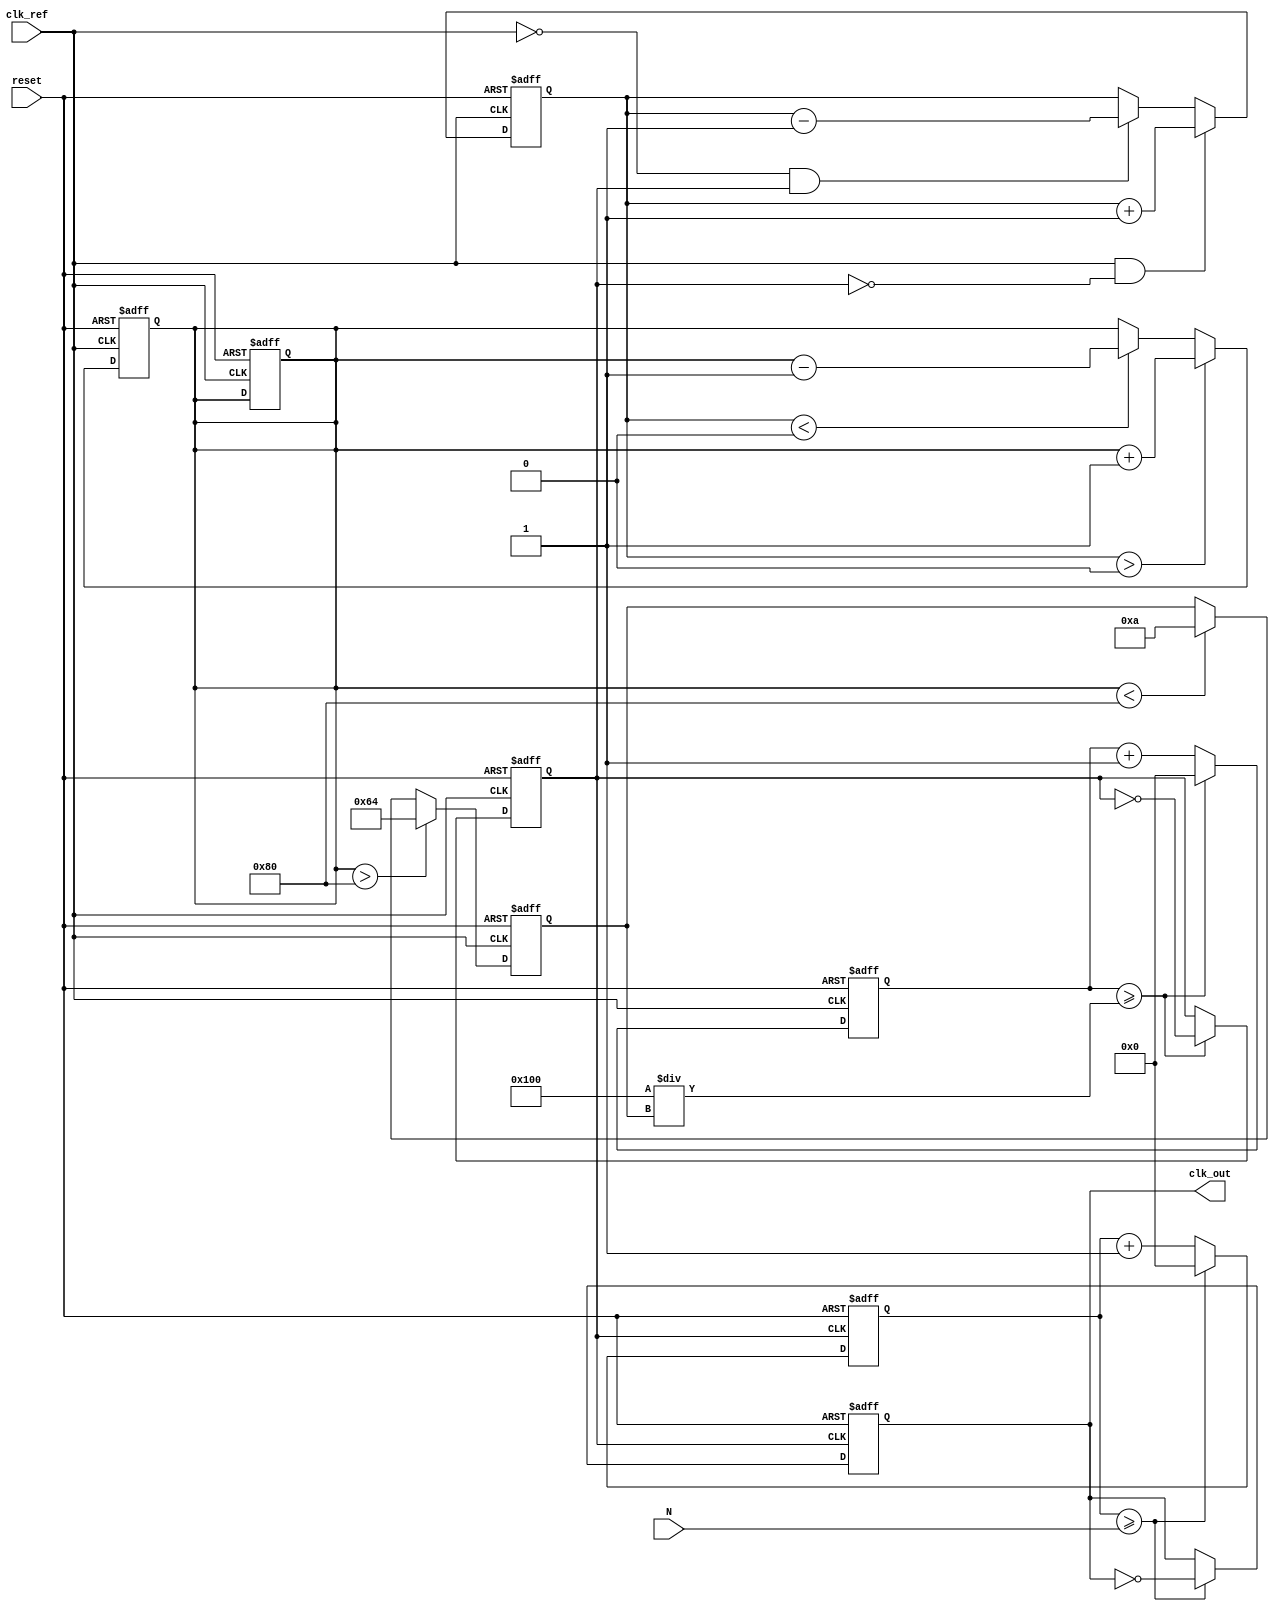
module integer_n_pll (
    input wire clk_ref,         // Reference clock input
    input wire reset,          // Reset signal
    input wire [7:0] N,        // Division factor (programmable)
    output reg clk_out         // Output clock
);

// Parameters for PLL
parameter VCO_MAX_FREQ = 100; // Maximum VCO frequency
parameter VCO_MIN_FREQ = 10;  // Minimum VCO frequency
parameter LOOP_FILTER_GAIN = 1; // Gain of the loop filter

// Internal signals
reg [7:0] phase_error;        // Phase error signal
reg [7:0] control_voltage;    // Control voltage for VCO
reg [7:0] vco_freq;           // Current frequency of VCO
reg [7:0] vco_count;          // VCO counter for frequency generation
reg [7:0] divider_count;      // Divider counter
reg clk_vco;                  // VCO clock signal

// Memory block for configuration settings
reg [7:0] memory_block [0:1]; // Example memory block for settings

// Phase Detector (PD)
always @(posedge clk_ref or posedge reset) begin
    if (reset) begin
        phase_error <= 0;
    end else begin
        // Simple phase detection logic (could be more complex)
        if (clk_ref && !clk_vco) begin
            phase_error <= phase_error + 1; // Phase error detected
        end else if (!clk_ref && clk_vco) begin
            phase_error <= phase_error - 1; // Phase error detected
        end
    end
end

// Charge Pump (CP)
always @(posedge clk_ref or posedge reset) begin
    if (reset) begin
        control_voltage <= 0;
    end else begin
        // Adjust control voltage based on phase error
        if (phase_error > 0) begin
            control_voltage <= control_voltage + LOOP_FILTER_GAIN; // Increase voltage
        end else if (phase_error < 0) begin
            control_voltage <= control_voltage - LOOP_FILTER_GAIN; // Decrease voltage
        end
    end
end

// Loop Filter (LF)
always @(posedge clk_ref or posedge reset) begin
    if (reset) begin
        control_voltage <= 0;
    end else begin
        // Simple RC filter implementation (could be more complex)
        control_voltage <= control_voltage; // Placeholder for filtering logic
    end
end

// Voltage-Controlled Oscillator (VCO)
always @(posedge clk_ref or posedge reset) begin
    if (reset) begin
        vco_freq <= VCO_MIN_FREQ; // Start at minimum frequency
    end else begin
        // Adjust VCO frequency based on control voltage
        if (control_voltage > 128) begin
            vco_freq <= VCO_MAX_FREQ; // Max frequency
        end else if (control_voltage < 128) begin
            vco_freq <= VCO_MIN_FREQ; // Min frequency
        end
    end
end

// VCO Frequency Generation
always @(posedge clk_ref or posedge reset) begin
    if (reset) begin
        vco_count <= 0;
        clk_vco <= 0;
    end else begin
        vco_count <= vco_count + 1;
        if (vco_count >= (256 / vco_freq)) begin // Adjust based on VCO frequency
            clk_vco <= ~clk_vco; // Toggle VCO clock
            vco_count <= 0;
        end
    end
end

// Divider (N)
always @(posedge clk_vco or posedge reset) begin
    if (reset) begin
        divider_count <= 0;
        clk_out <= 0;
    end else begin
        divider_count <= divider_count + 1;
        if (divider_count >= N) begin
            clk_out <= ~clk_out; // Toggle output clock
            divider_count <= 0;
        end
    end
end

endmodule